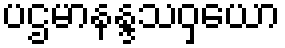
ပဌမာနန္ဒသဝှယော